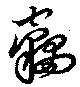
竊